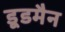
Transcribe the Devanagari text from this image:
डूडमैन